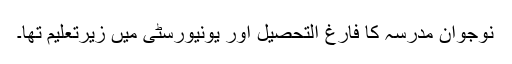
نوجوان مدرسہ کا فارغ التحصیل اور یونیورسٹی میں زیرتعلیم تھا۔